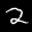
Label: 2